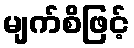
မျက်စိဖြင့်